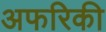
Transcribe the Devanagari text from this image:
अफरिकी